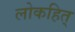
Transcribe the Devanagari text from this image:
लोकहित्